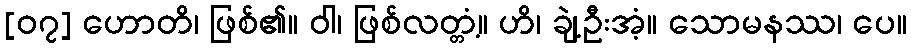
[၀၇] ဟောတိ၊ ဖြစ်၏။ ဝါ၊ ဖြစ်လတ္တံ့။ ဟိ၊ ချဲ့ဦးအံ့။ သောမနဿ၊ ပေ။